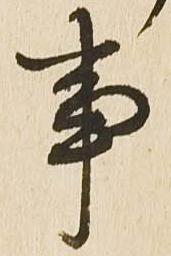
事